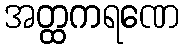
အတ္ထကရဏေ